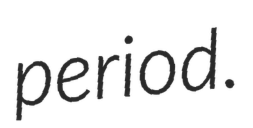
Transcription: period.